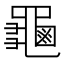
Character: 𪚴